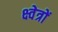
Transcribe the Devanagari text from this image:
क्ष्वेत्रों